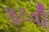
ફટવી